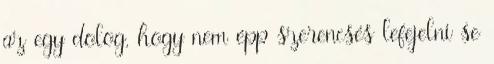
az egy dolog, hogy nem épp szerencsés lefejelni se